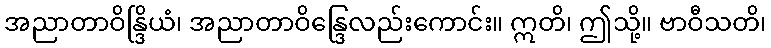
အညာတာဝိန္ဒြိယံ၊ အညာတာဝိန္ဒြေလည်းကောင်း။ ဣတိ၊ ဤသို့။ ဗာဝီသတိ၊